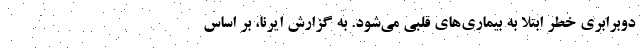
دوبرابری خطر ابتلا به بیماری‌های قلبی می‌شود. به گزارش ایرنا، بر اساس